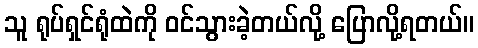
သူ ရုပ်ရှင်ရုံထဲကို ဝင်သွားခဲ့တယ်လို့ ပြောလို့ရတယ်။